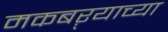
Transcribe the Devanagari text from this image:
मकबऱ्याच्या